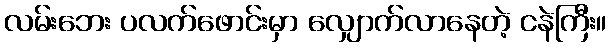
လမ်းဘေး ပလက်ဖောင်းမှာ လျှောက်လာနေတဲ့ ငနဲကြီး။